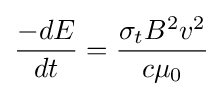
{-dE \over dt}={\sigma _{t}B^{2}v^{2} \over c\mu _{0}}